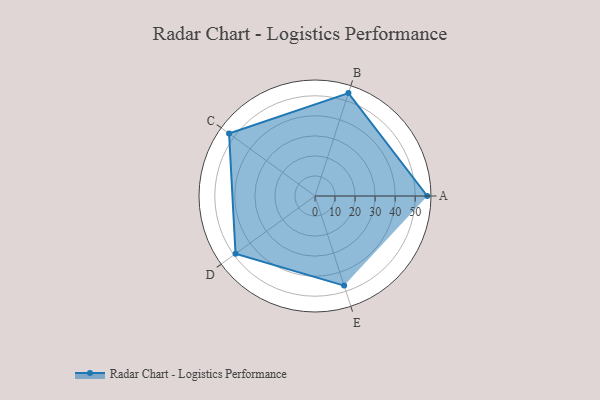
{"axis": {"x": "Skill", "y": "Score"}, "legend": ["Profile"], "data": [{"x": "A", "y": 56.0, "type": "Profile"}, {"x": "B", "y": 54.0, "type": "Profile"}, {"x": "C", "y": 53.0, "type": "Profile"}, {"x": "D", "y": 49.0, "type": "Profile"}, {"x": "E", "y": 47.0, "type": "Profile"}]}